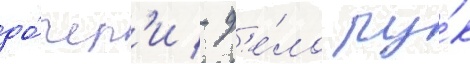
до́чер'и - д'е́ло ру́к